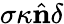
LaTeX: \sigma\kappa\hat{\textbf{n}}\delta